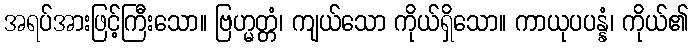
အရပ်အားဖြင့်ကြီးသော။ ဗြဟ္မတ္တံ၊ ကျယ်သော ကိုယ်ရှိသော။ ကာယုပပန္နံ၊ ကိုယ်၏